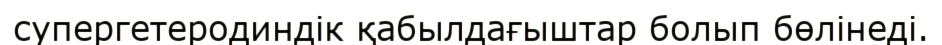
супергетеродиндік қабылдағыштар болып бөлінеді.